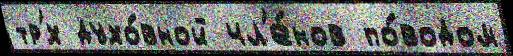
тр'́х духо́вной чл'е́нов по́водом